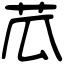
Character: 苽